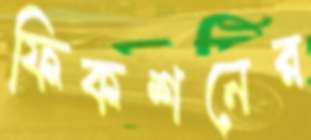
ফিকশনের